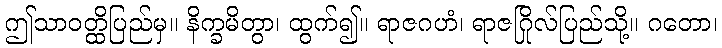
ဤသာဝတ္ထိပြည်မှ။ နိက္ခမိတွာ၊ ထွက်၍။ ရာဇဂဟံ၊ ရာဇဂြိုလ်ပြည်သို့။ ဂတော၊